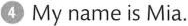
④ My name is Mia.